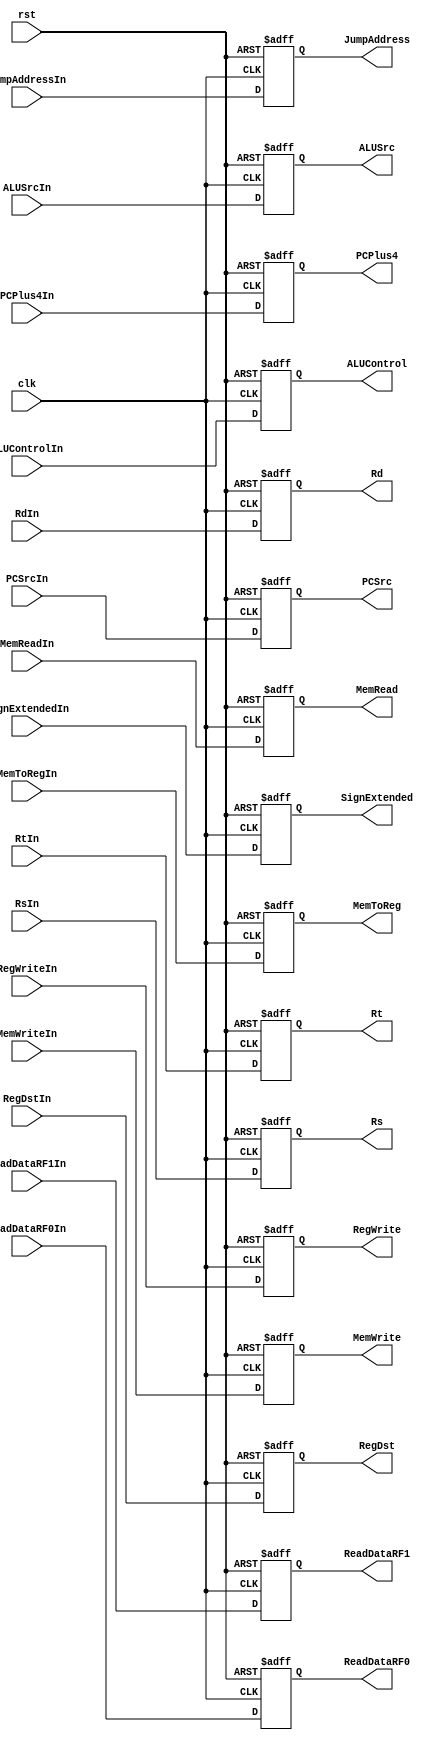
`timescale 1ns / 1ns

module ID2EX(clk, rst, PCPlus4In, ReadDataRF0In, ReadDataRF1In, RtIn, RsIn, RdIn, SignExtendedIn, JumpAddressIn, RegWriteIn, MemReadIn, MemWriteIn, ALUControlIn, MemToRegIn, PCSrcIn, RegDstIn, ALUSrcIn,
                       PCPlus4,   ReadDataRF0,   ReadDataRF1,   Rt,   Rs,   Rd,   SignExtended,   JumpAddress,   RegWrite,   MemRead,   MemWrite,   ALUControl,   MemToReg,   PCSrc,   RegDst,   ALUSrc);

    input clk, rst,
          RegWriteIn, MemReadIn, MemWriteIn, MemToRegIn, RegDstIn, ALUSrcIn;
    input [31:0] PCPlus4In, ReadDataRF0In, ReadDataRF1In, SignExtendedIn;
    input [4:0]  RtIn, RsIn, RdIn;
    input [2:0]  ALUControlIn;
    input [1:0] PCSrcIn;
    input [25:0] JumpAddressIn;

    output reg  [25:0] JumpAddress;
    output reg RegWrite, MemRead, MemWrite, MemToReg, RegDst, ALUSrc;
    output reg  [31:0] PCPlus4, ReadDataRF0, ReadDataRF1, SignExtended;
    output reg  [4:0]  Rt, Rs, Rd;
    output reg  [2:0] ALUControl;
    output reg  [1:0] PCSrc;

    always @ (posedge clk, posedge rst) begin
        if (rst) begin
            {JumpAddress, RegWrite, MemRead, MemWrite, ALUControl, MemToReg, PCPlus4, ReadDataRF0, ReadDataRF1, SignExtended, Rt, Rs, Rd, PCSrc, RegDst, ALUSrc} = 0;
        end
        else begin

            JumpAddress <= JumpAddressIn;
            RegWrite <= RegWriteIn;
            MemRead <= MemReadIn;
            MemWrite <= MemWriteIn;
            MemToReg <= MemToRegIn;
            PCSrc <= PCSrcIn;
            RegDst <= RegDstIn;
            PCPlus4 <= PCPlus4In;
            ReadDataRF0 <= ReadDataRF0In;
            ReadDataRF1 <= ReadDataRF1In;
            SignExtended <= SignExtendedIn;
            Rt <= RtIn;
            Rs <= RsIn;
            Rd <= RdIn;
            ALUControl <= ALUControlIn;
            ALUSrc <= ALUSrcIn;
        end
    end
endmodule